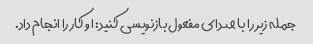
جمله زیر را با صدای مفعول بازنویسی کنید: او کار را انجام داد.